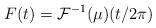
LaTeX: \begin{align*} F(t) = \mathcal{F}^{-1}(\mu)(t/2 \pi)\end{align*}